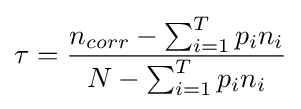
\tau ={\frac {n_{corr}-\sum _{i=1}^{T}p_{i}n_{i}}{N-\sum _{i=1}^{T}p_{i}n_{i}}}